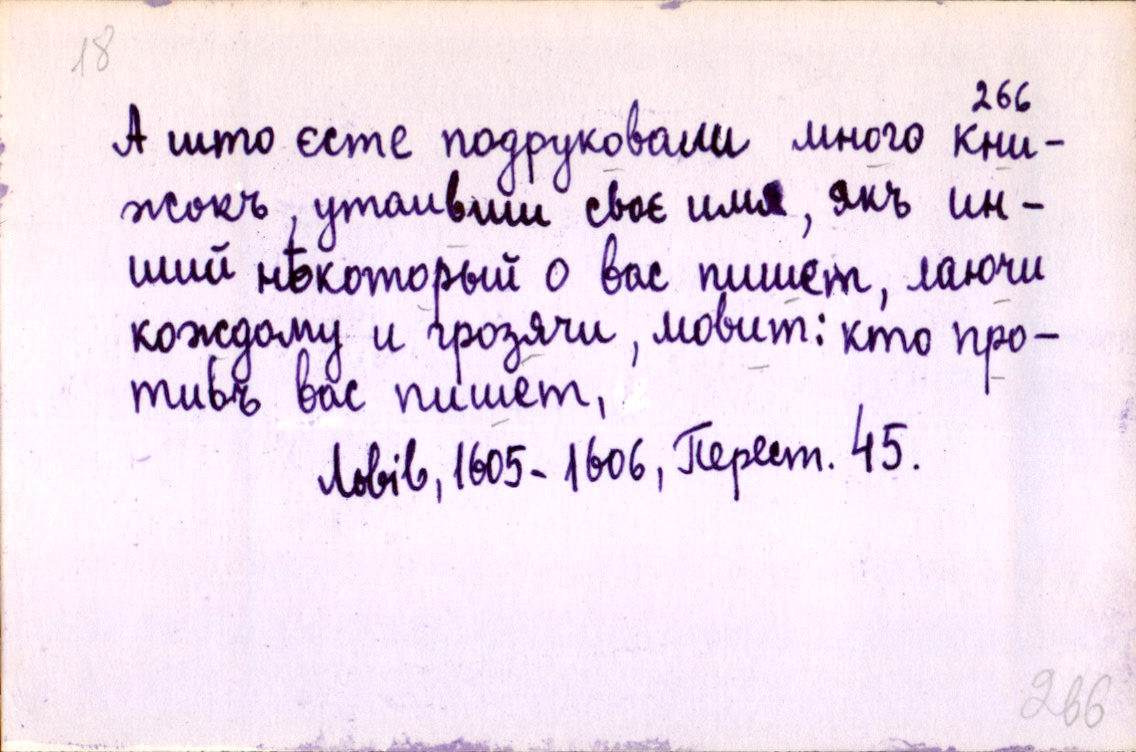
А што єсте подруковали много кни-
жокъ, утаивши своє имя, якъ ин-
ший нѣкоторый о вас пишет, лаючи
кождому и грозячи, мовит: кто про-
тивъ вас пишет,
Львів, 1605-1606, Перест. 45.